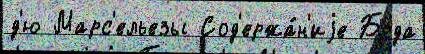
д'ю Марс'ельезы Сод'ержа́н'иjе Брда